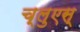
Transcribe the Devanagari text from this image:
च्लुएस्